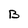
Character: B